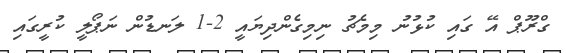
ގްރޫޕް އޭ ގައި ކުޅުނު މިމެޗު ނިމިގެންދިޔައީ 2-1 ލަނޑުން ނަޕޯލީ ކުރީގައި